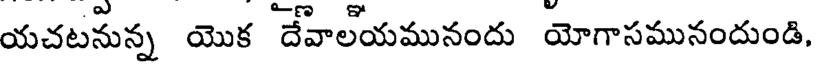
యచటనున్న యొక దేవాలయమునందు యోగాసమునందుండి,